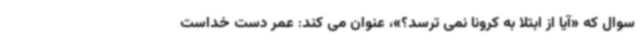
سوال که «آیا از ابتلا به کرونا نمی ترسد؟»، عنوان می کند: عمر دست خداست